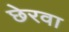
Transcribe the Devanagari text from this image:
छेरवा